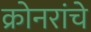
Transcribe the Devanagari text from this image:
क्रोनरांचे